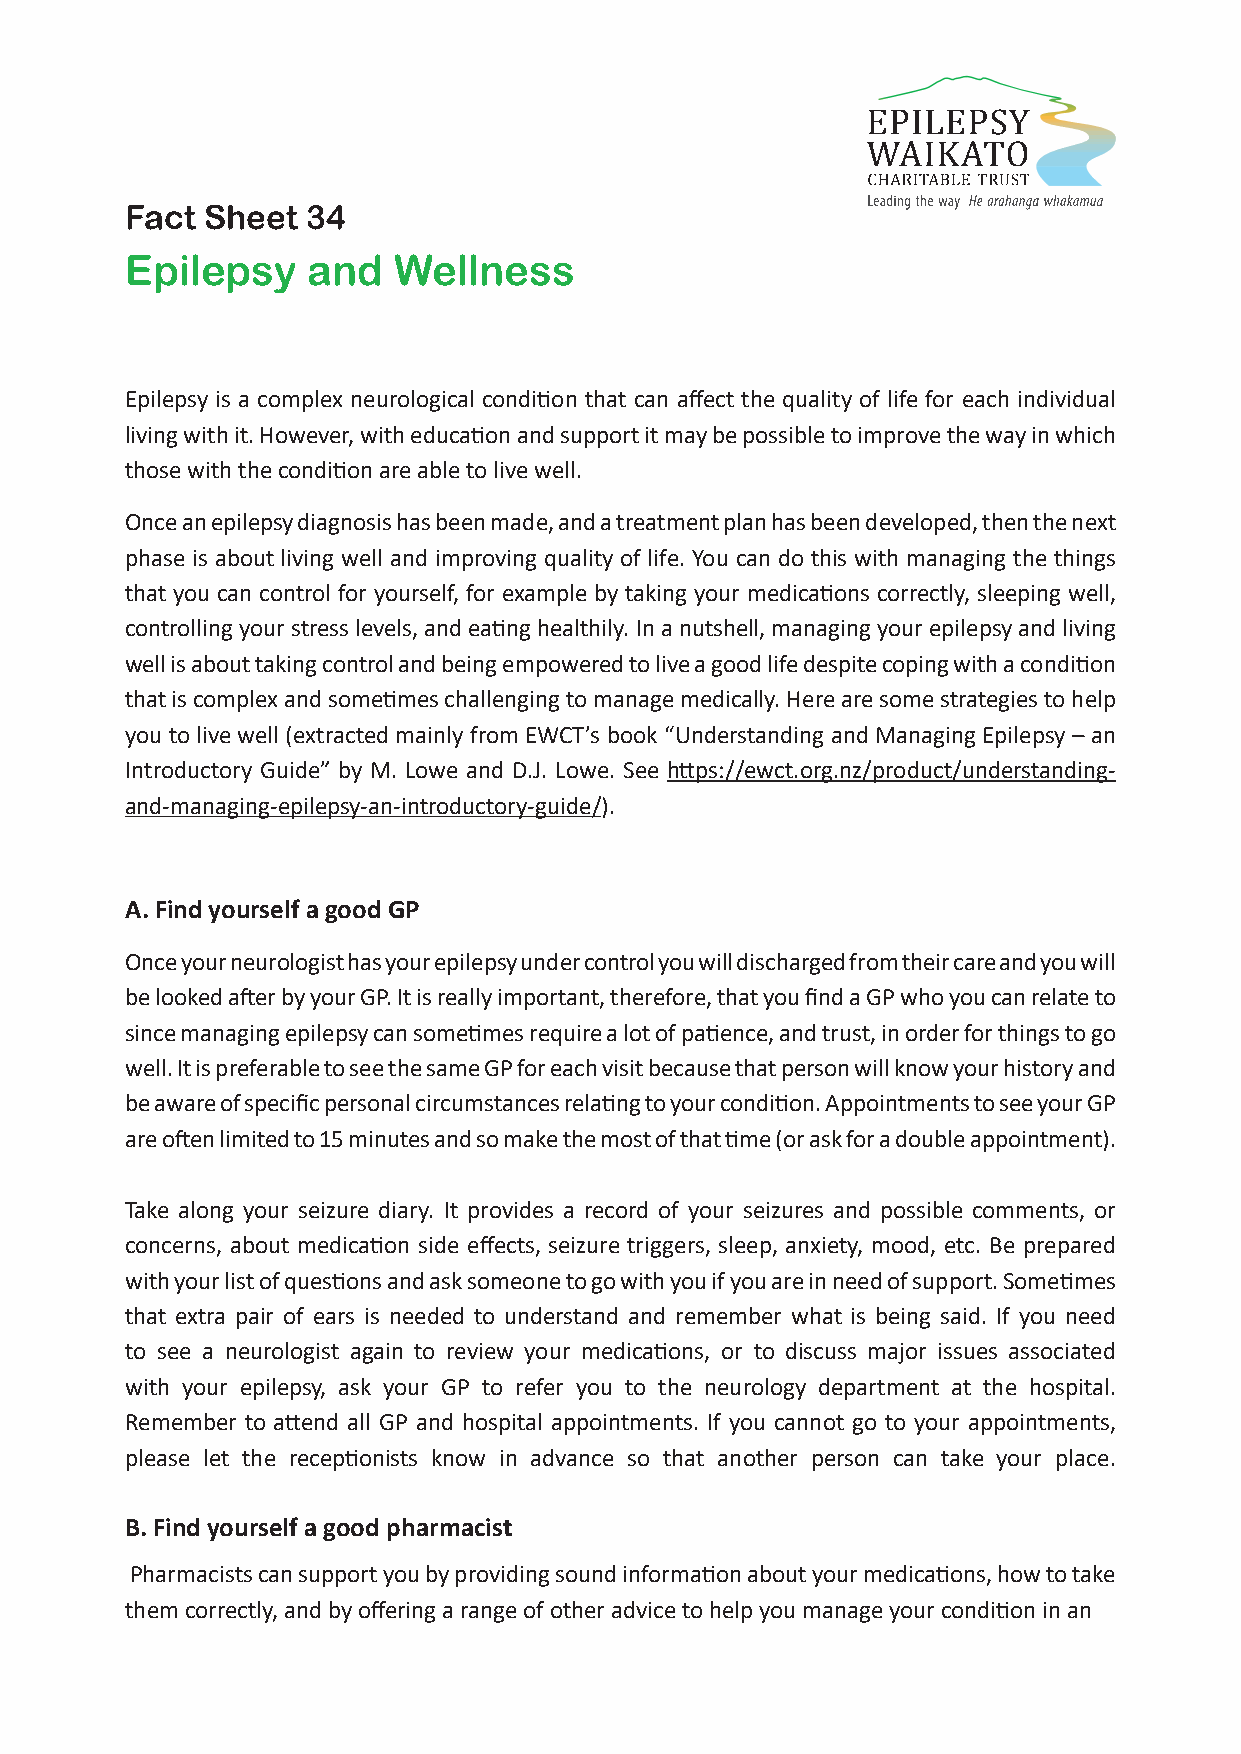
Fact  Sheet 34
 Epilepsy    and   Wellness
 Epilepsy is a complex neurological condition that can affect the quality of life for each individual
 living with it. However, with education and support it may be possible to improve the way in which
 those with the condition are able to live well.
 Once an epilepsy diagnosis has been made, and a treatment plan has been developed, then the next
 phase is about living well and improving quality of life. You can do this with managing the things
 that you can control for yourself, for example by taking your medications correctly, sleeping well,
 controlling your stress levels, and eating healthily. In a nutshell, managing your epilepsy and living
 well is about taking control and being empowered to live a good life despite coping with a condition
 that is complex and sometimes challenging to manage medically. Here are some strategies to help
 you to live well (extracted mainly from EWCT’s book “Understanding and Managing Epilepsy – an
 Introductory Guide” by M. Lowe and D.J. Lowe. See https://ewct.org.nz/product/understanding-
 and-managing-epilepsy-an-introductory-guide/).
 A. Find yourself a good GP
 Once your neurologist has your epilepsy under control you will discharged from their care and you will
 be looked after by your GP. It is really important, therefore, that you find a GP who you can relate to
 since managing epilepsy can sometimes require a lot of patience, and trust, in order for things to go
 well. It is preferable to see the same GP for each visit because that person will know your history and
 be aware of specific personal circumstances relating to your condition. Appointments to see your GP
 are often limited to 15 minutes and so make the most of that time (or ask for a double appointment).
 Take along your seizure diary. It provides a record of your seizures and possible comments, or
 concerns, about medication side effects, seizure triggers, sleep, anxiety, mood, etc. Be prepared
 with your list of questions and ask someone to go with you if you are in need of support. Sometimes
 that extra pair of ears is needed to understand and remember what is being said. If you need
 to see a neurologist again to review your medications, or to discuss major issues associated
 with your epilepsy, ask your GP to refer you to the neurology department at the hospital.
 Remember to attend all GP and hospital appointments. If you cannot go to your appointments,
 please let the receptionists know in advance so that another person can take your place.
 B. Find yourself a good pharmacist
 Pharmacists can support you by providing sound information about your medications, how to take
 them correctly, and by offering a range of other advice to help you manage your condition in an